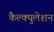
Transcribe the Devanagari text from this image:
कैल्क्युलेशन